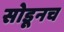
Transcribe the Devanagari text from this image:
सोडूनच